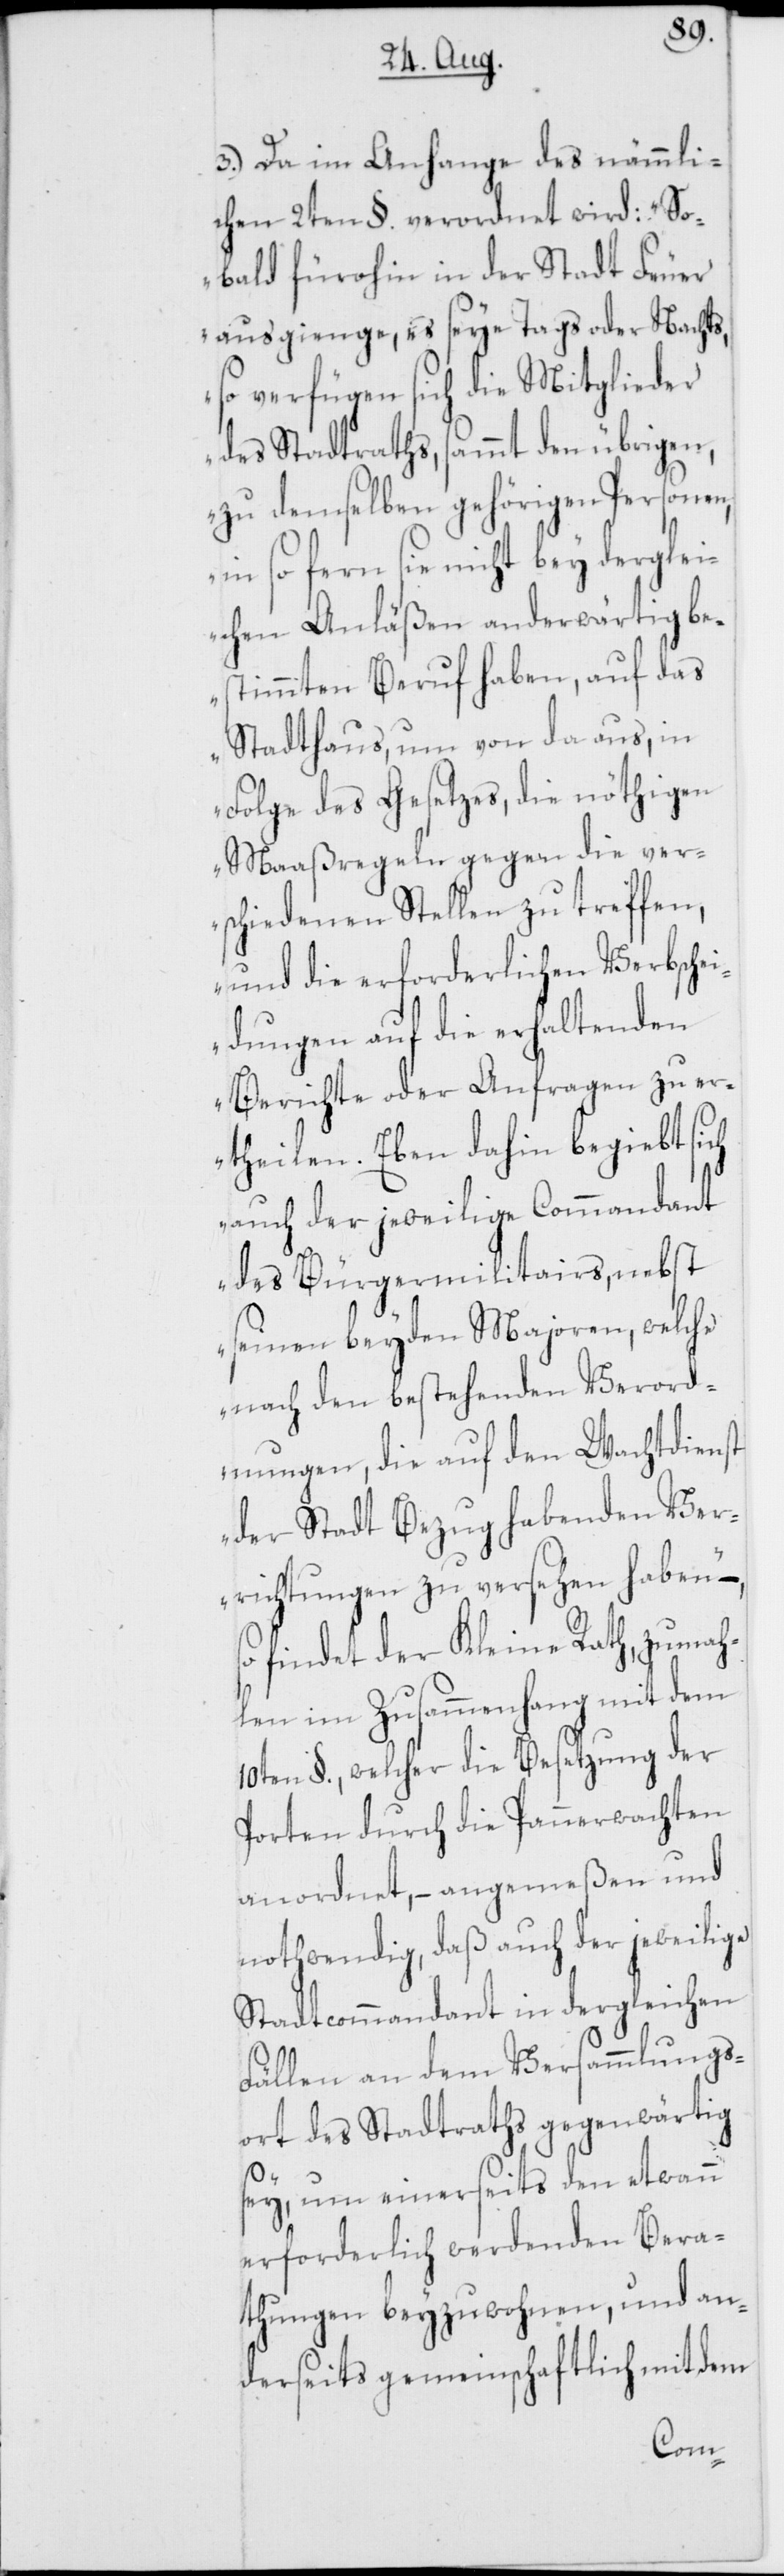
3.) Da im Anhange des nämmli¬
chen 2ten §. verordnet wird: „So¬
bald fürohin in der Stadt Feuer
ausgienge, es seye Tags oder Nachts,
so verfügen sich die Mitglieder
des Stadtraths, sammt den übrigen,
zu demselben gehörigen Personen,
in so fern sie nicht bey derglei¬
chen Anläßen anderwärtig be¬
stimmten Beruf haben, auf das
Stadthaus, um von da aus, in
Folge des Gesetzes, die nöthigen
Maaßregeln gegen die ver¬
schiedenen Stellen zu treffen,
und die erforderlichen Verbschei¬
dungen auf die erhaltenden
Berichte oder Anfragen zu er¬
theilen. Eben dahin begiebt sich
auch der jeweilige Commandant
des Bürgermilitairs, nebst
seinen beyden Majoren, welche
nach den bestehenden Verord¬
nungen, die auf den Wachtdienst
der Stadt Bezug habenden Ver¬
richtungen zu versehen haben“ –
findet der Kleine Rath, zumah¬
len im Zusammenhang mit dem
10ten §., welcher die Besetzung der
Porten durch die Pannerwachten
anordnet, – angemeßen und
nothwendig, daß auch der jeweilige
Stadtcommandant in dergleichen
Fällen an dem Versammlungs¬
ort des Stadtraths gegenwärtig
sey, um einerseits den etwann
erforderlich werdenden Bera¬
thungen beyzuwohnen, und an¬
derseits gemeinschaftlich mit dem